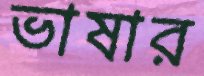
ভাষার